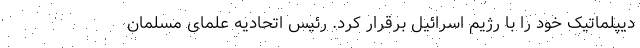
دیپلماتیک خود را با رژیم اسرائیل برقرار کرد. رئیس اتحادیه علمای مسلمان